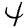
Digit: 4